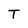
Character: T